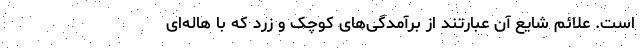
است. علائم شایع آن عبارتند از برآمدگی‌های کوچک و زرد که با هاله‌ای